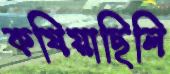
কষিয়াছিলি